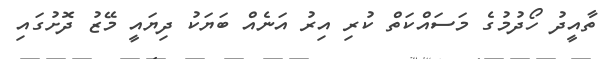
ތާއީދު ހޯދުމުގެ މަސައްކަތް ކުރި އިރު އަނެއް ބަޔަކު ދިޔައީ މޭޒު ދޮށުގައި